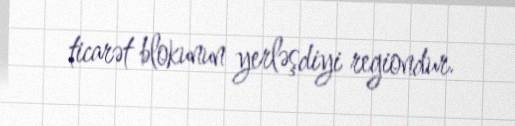
ticarət blokunun yerləşdiyi regiondur.